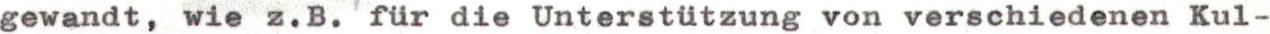
gewandt, wie z.B. für die Unterstützung von verschiedenen Kul-